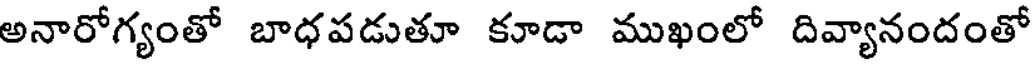
అనారోగ్యంతో బాధపడుతూ కూడా ముఖంలో దివ్యానందంతో